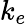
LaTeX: k_{e}